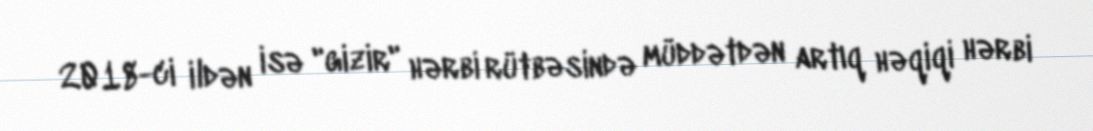
2018-ci ildən isə "gizir" hərbi rütbəsində müddətdən artıq həqiqi hərbi